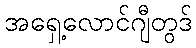
အရှေ့လောင်ဂျီတွဒ်